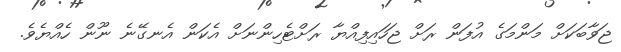
ޖަވާބަކަށް މަންމަގެ އުފަން ރަށް ޖަހައިފިއްޔާ ރަށްޓެހިންނަށް އެކަން އެނގޭނެ ނޫން ހެއްޔެވެ.